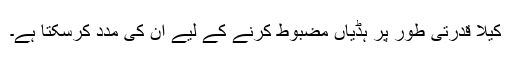
کیلا قدرتی طور پر ہڈیاں مضبوط کرنے کے لیے ان کی مدد کرسکتا ہے۔